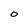
Character: 0